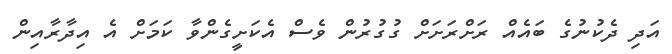
އަދި ދެކުނުގެ ބައެއް ރަށްރަށަށް ގުގުރުން ވެސް އެކަށީގެންވާ ކަމަށް އެ އިދާރާއިން